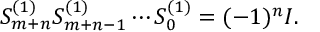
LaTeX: S _ { m + n } ^ { ( 1 ) } S _ { m + n - 1 } ^ { ( 1 ) } \cdots S _ { 0 } ^ { ( 1 ) } = ( - 1 ) ^ { n } I .